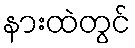
နားထဲတွင်